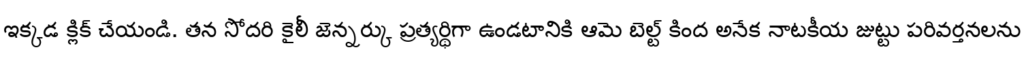
ఇక్కడ క్లిక్ చేయండి. తన సోదరి కైలీ జెన్నర్కు ప్రత్యర్థిగా ఉండటానికి ఆమె బెల్ట్ కింద అనేక నాటకీయ జుట్టు పరివర్తనలను